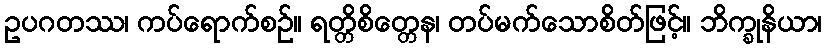
ဥပဂတဿ၊ ကပ်ရောက်စဉ်။ ရတ္တိစိတ္တေန၊ တပ်မက်သောစိတ်ဖြင့်။ ဘိက္ခုနိယာ၊